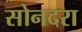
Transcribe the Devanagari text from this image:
सोनदरा